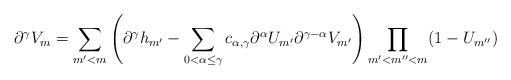
LaTeX: \begin{align*} \partial_{}^\gamma V_m = \sum_{m'<m}\left(\partial_{}^{\gamma}h_{m'}-\sum_{0<\alpha \leq \gamma} c_{\alpha,\gamma} \partial_{}^{\alpha}U_{m'}\partial_{}^{\gamma-\alpha}V_{m'} \right)\prod_{m'<m''<m}(1-U_{m''})\end{align*}